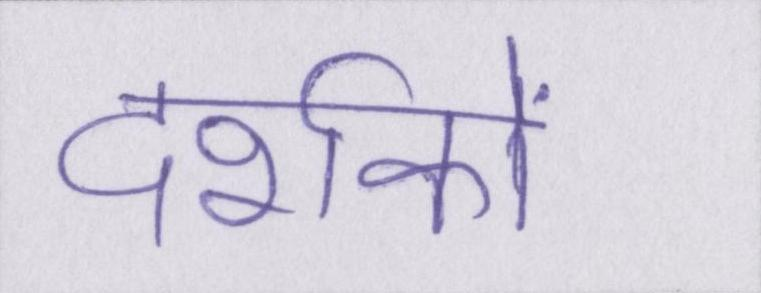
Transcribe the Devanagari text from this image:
दर्शकों